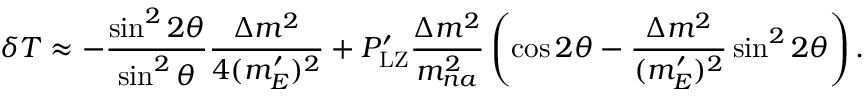
\delta T \approx - \frac { \sin ^ { 2 } 2 \theta } { \sin ^ { 2 } \theta } \frac { \Delta m ^ { 2 } } { 4 { ( m _ { E } ^ { \prime } ) ^ { 2 } } } + P _ { \mathrm { L Z } } ^ { \prime } \frac { \Delta m ^ { 2 } } { m _ { n a } ^ { 2 } } \left( \cos 2 \theta - \frac { \Delta m ^ { 2 } } { { ( m _ { E } ^ { \prime } ) ^ { 2 } } } \sin ^ { 2 } 2 \theta \right) .